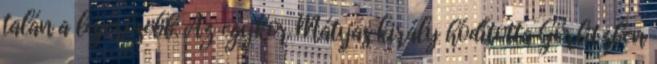
talán a legerősebb. Az egykor Mátyás király hódította Görlitzben